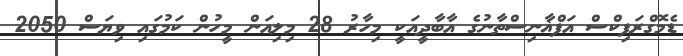
ޑެމޮގްރަފިކްސް އަފްޣާނިސްތާނުގެ އާބާދީއަކީ މިހާރު 28 މިލިއަން މީހުން ކަމުގައި ވިޔަސް 2050